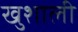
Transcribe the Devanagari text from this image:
खुशाली